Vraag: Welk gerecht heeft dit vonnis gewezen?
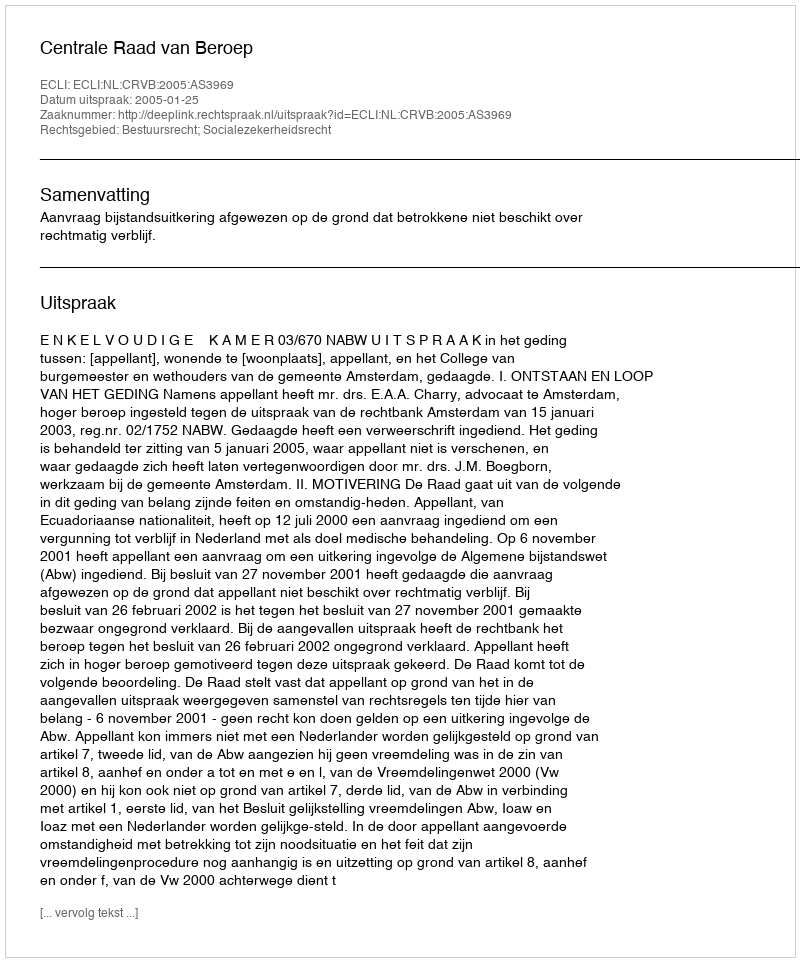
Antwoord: Centrale Raad van Beroep